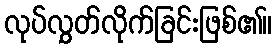
လုပ်လွှတ်လိုက်ခြင်းဖြစ်၏။